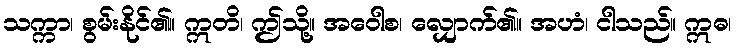
သက္ကာ၊ စွမ်းနိုင်၏။ ဣတိ၊ ဤသို့။ အဝေါစ၊ လျှောက်၏။ အဟံ၊ ငါသည်။ ဣဓ၊